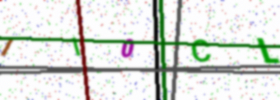
Text: 710CL